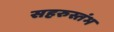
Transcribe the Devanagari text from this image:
सहरुस्तंभ